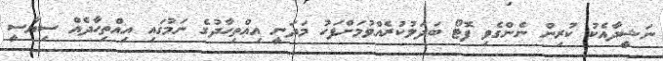
ނަޝީދާއެކު ކުރިން ނެންގެވި ފޮޓޯ ބަދަލުކުރެއްވުމަށްފަހު މަދަނީ އިއްތިހާދުގެ ނަމުގައި އިއްތިހާދެއް ސިޔާސީ